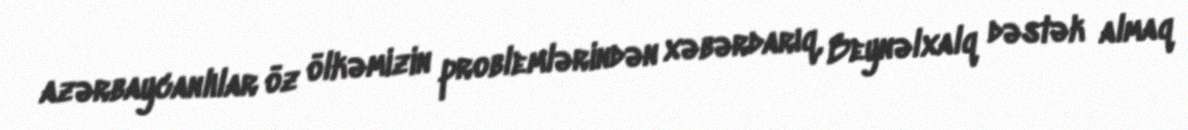
azərbaycanlılar öz ölkəmizin problemlərindən xəbərdarıq, Beynəlxalq dəstək almaq